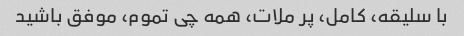
با سلیقه، کامل، پر ملات، همه چی تموم، موفق باشید